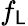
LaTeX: f_{\mathsf{L}}